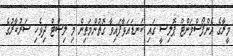
މީރާގެ އެންފޯސްމަންޓް ޕޮލިސީ ގައި ކަނޑައަޅާފައިވާ ގޮތުންމަތިން މި ލިސްޓް ދިވެހި ސަރުކާރުގެ